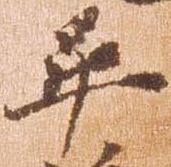
畢